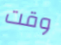
وقت